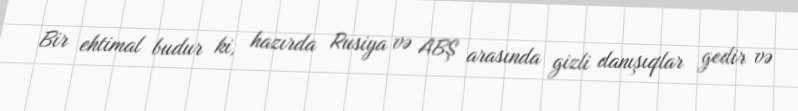
Bir ehtimal budur ki, hazırda Rusiya və ABŞ arasında gizli danışıqlar gedir və